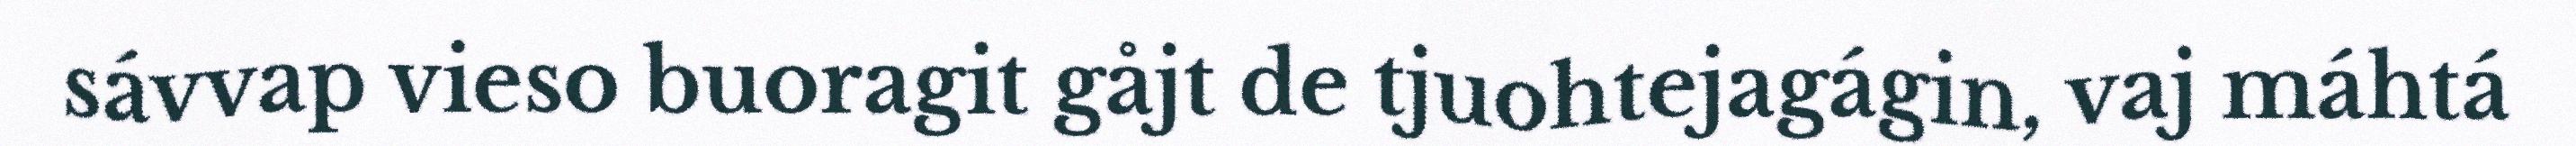
sávvap vieso buoragit gåjt de tjuohtejagágin, vaj máhtá